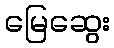
မြေဆွေး